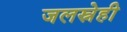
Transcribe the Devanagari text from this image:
जलस्नेही